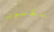
نكسون